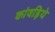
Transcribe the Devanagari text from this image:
कांवड़िये